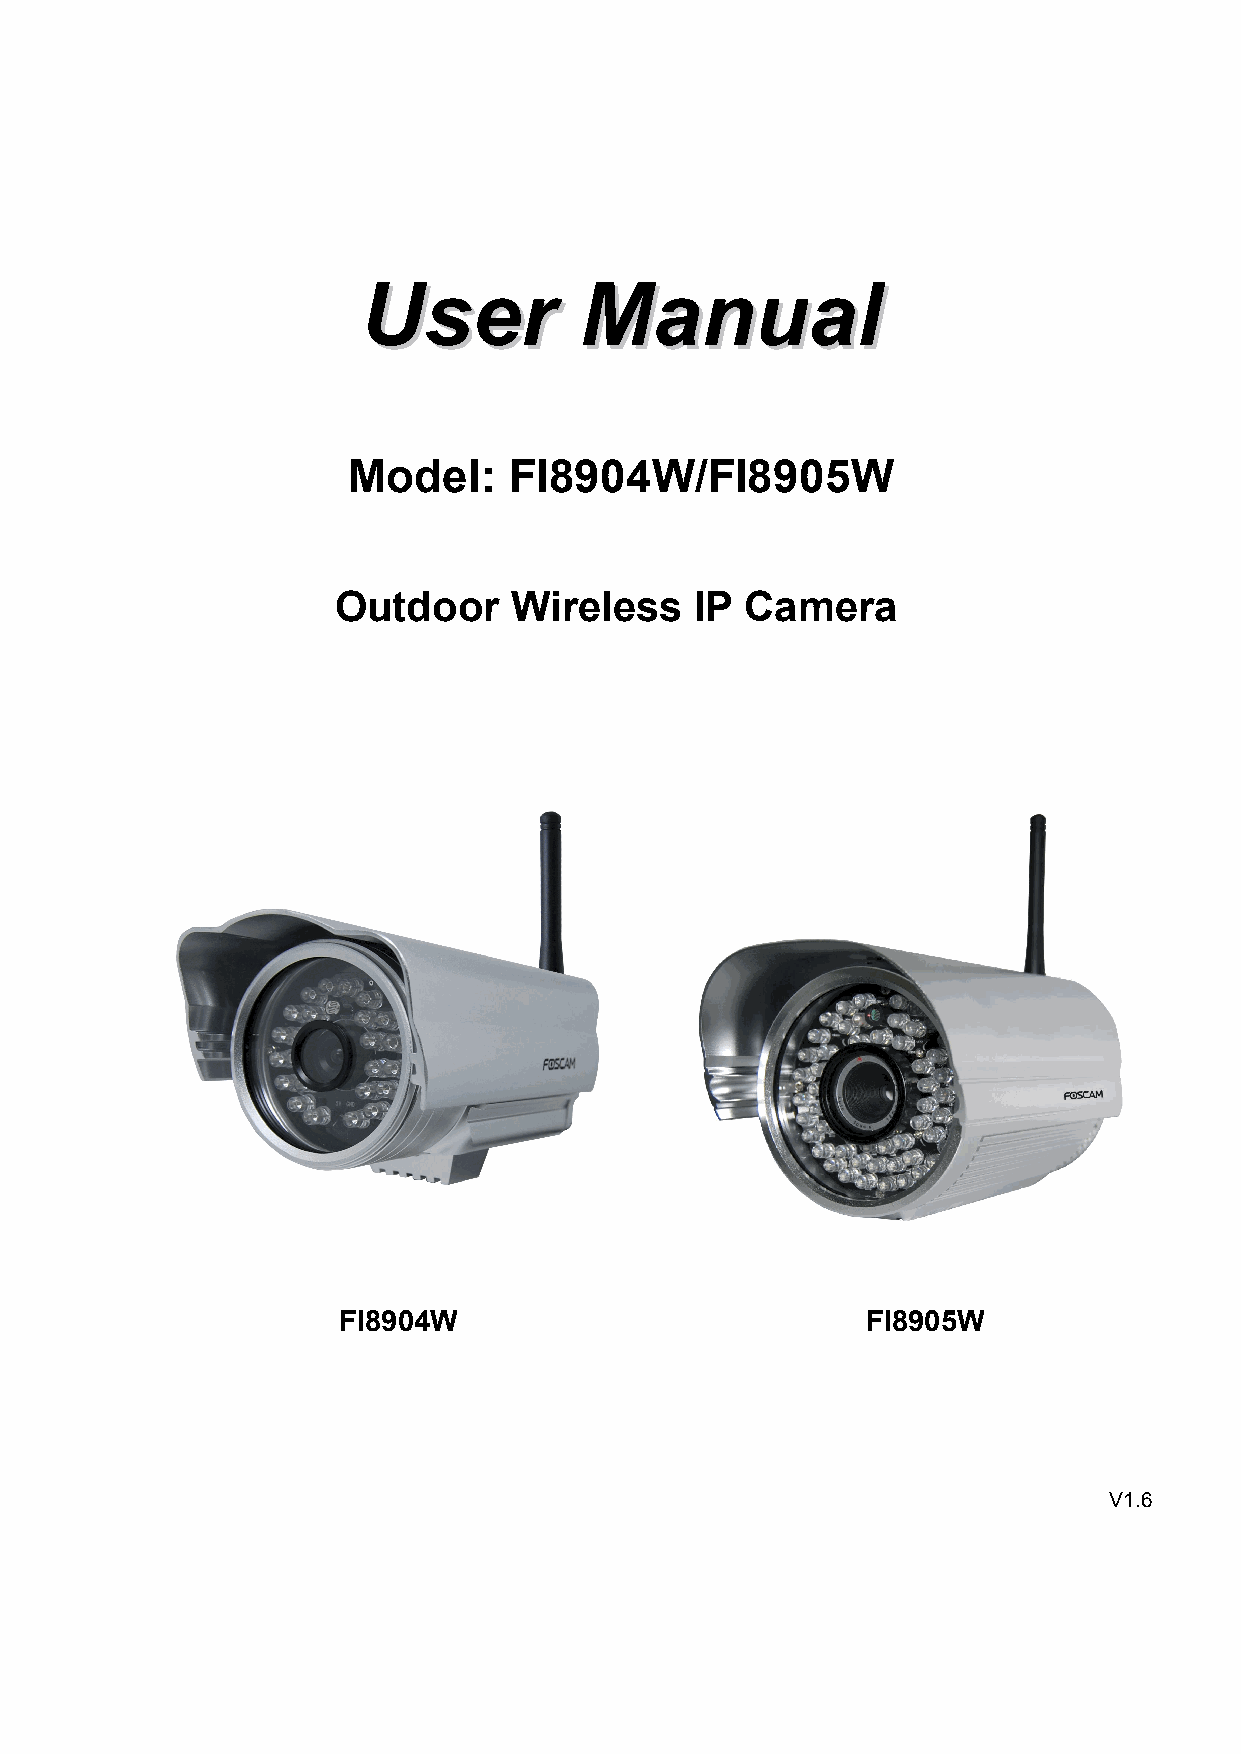
UUsseerr      MMaannuuaall
 Model:     FI8904W/FI8905W
 Outdoor     Wireless    IP Camera
 FI8904W                            FI8905W
 V1.6